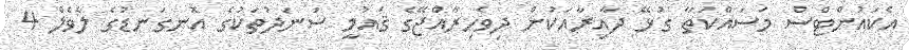
އެކައުންޓްސް މަސައްކަތާ ގުޅޭ ދާއިރާއަކުން ދިވެހިރާއްޖޭގެ ޤައުމީ ސަނަދުތަކުގެ އޮނގަނޑުގެ ލެވެލް 4